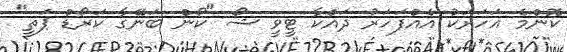
ކޮންމެ އަހަރަކު އެއްފަހަރު ދައްކާ ޓީވީ ޝޯ "ކޯން ބަނޭގާ ކަރޯޑް ޕަތީ"